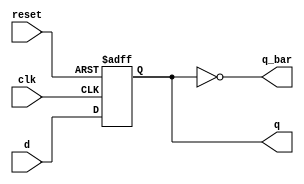
module D_ff(q,q_bar,clk,reset,d);
input clk,reset,d;
output reg q;
output reg q_bar;
always @(posedge clk or posedge reset)
begin
if(reset)
begin
q<=1'b0;
end
else
begin
q<=d;
end
end
always @* q_bar = ~q;
endmodule